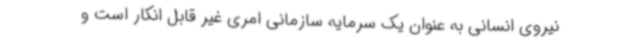
نیروی انسانی به عنوان یک سرمایه سازمانی امری غیر قابل انکار است و